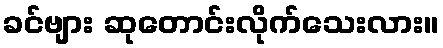
ခင်ဗျား ဆုတောင်းလိုက်သေးလား။